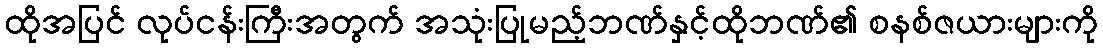
ထိုအပြင် လုပ်ငန်းကြီးအတွက် အသုံးပြုမည့်ဘဏ်နှင့်ထိုဘဏ်၏ စနစ်ဇယားများကို